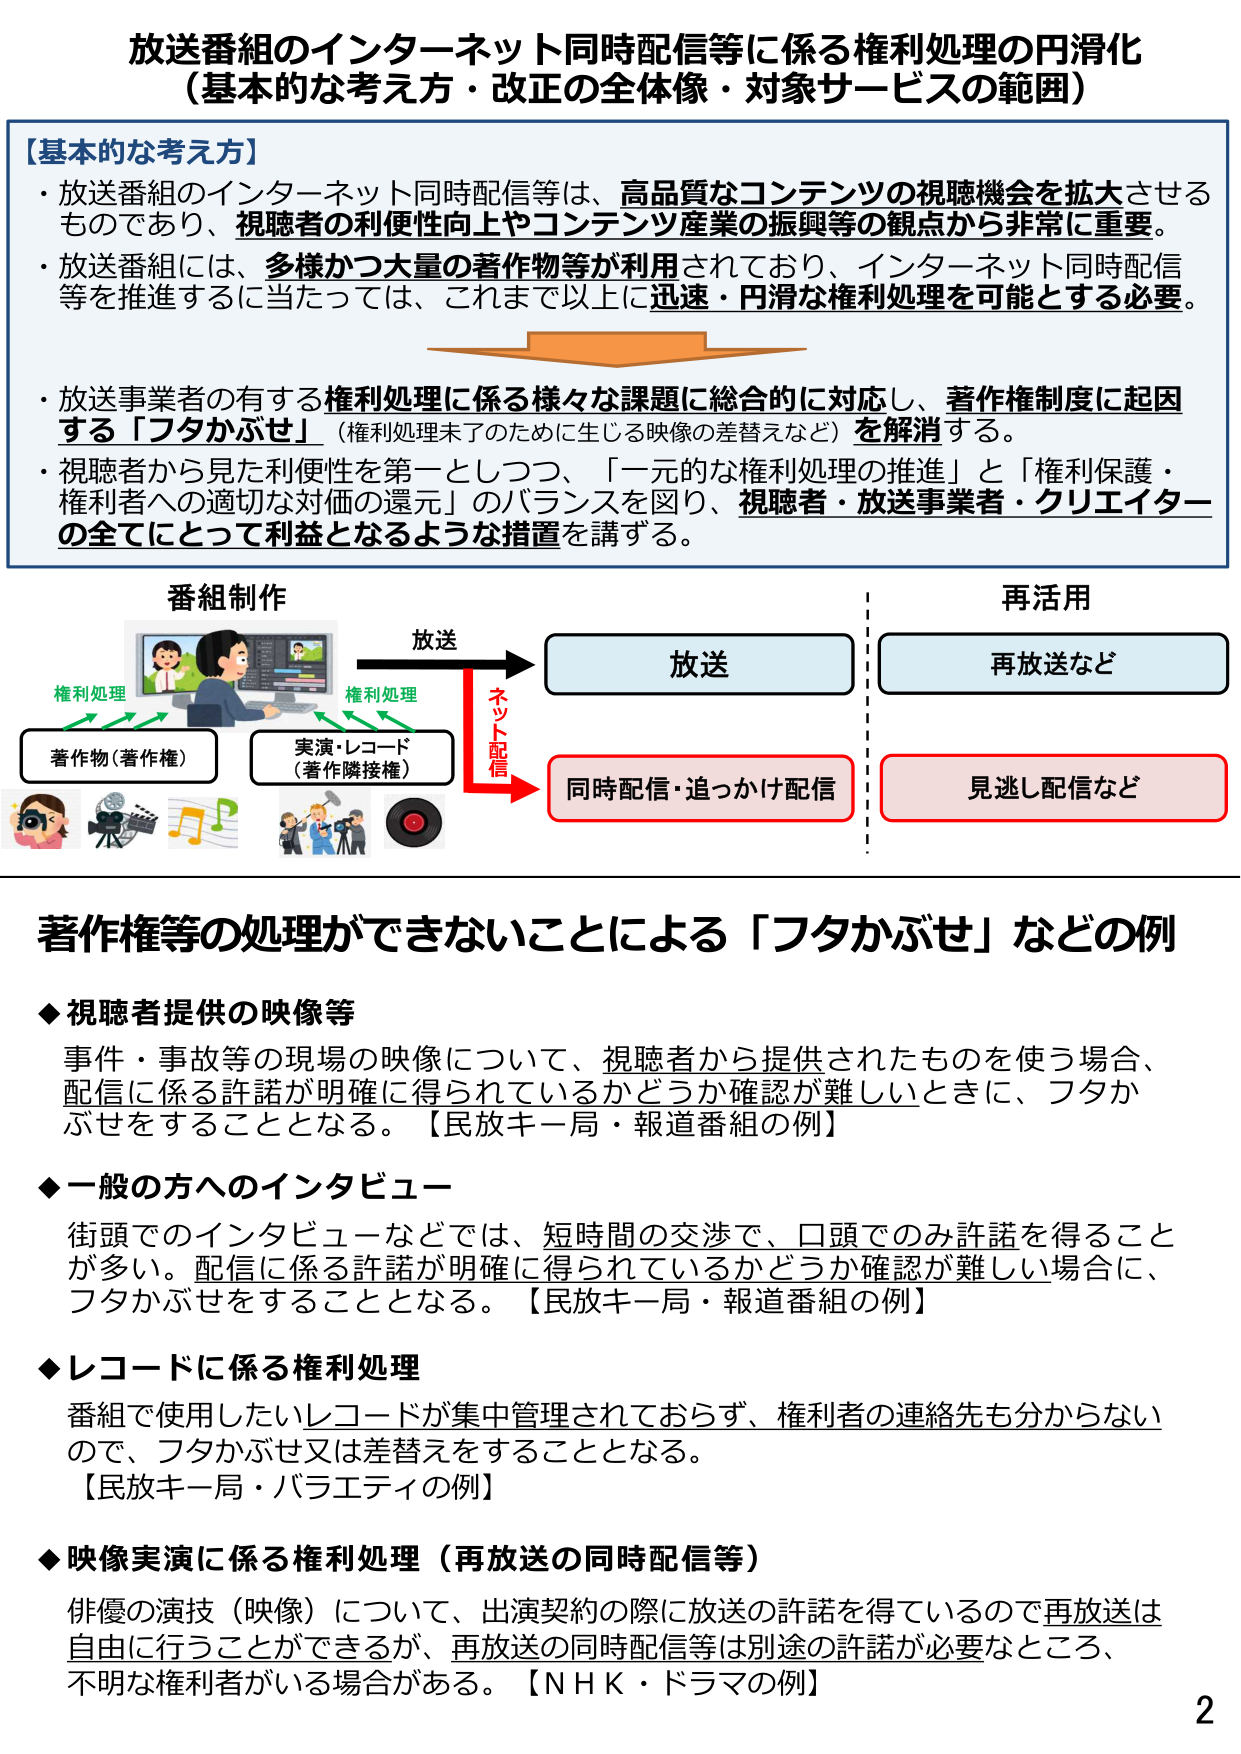
放送番組のインターネット同時配信等に係る権利処理の円滑化
（基本的な考え方・改正の全体像・対象サービスの範囲）

【基本的な考え方】
・放送番組のインターネット同時配信等は、高品質なコンテンツの視聴機会を拡大させるものであり、視聴者の利便性向上やコンテンツ産業の振興等の観点から非常に重要。
・放送番組には、多様かつ大量の著作物等が利用されており、インターネット同時配信等を推進するに当たっては、これまで以上に迅速・円滑な権利処理を可能とする必要。

・放送事業者の有する権利処理に係る様々な課題に総合的に対応し、著作権制度に起因する「フタかぶせ」（権利処理未了のために生じる映像の差替えなど）を解消する。
・視聴者から見た利便性を第一としつつ、「一元的な権利処理の推進」と「権利保護・権利者への適切な対価の還元」のバランスを図り、視聴者・放送事業者・クリエイターの全てにとって利益となるような措置を講ずる。

番組制作
権利処理
著作物（著作権）
実演・レコード（著作隣接権）
放送
ネット配信
同時配信・追っかけ配信
再活用
再放送など
見逃し配信など

著作権等の処理ができないことによる「フタかぶせ」などの例

◆視聴者提供の映像等
事件・事故等の現場の映像について、視聴者から提供されたものを使う場合、配信に係る許諾が明確に得られているかどうか確認が難しいときに、フタかぶせをすることとなる。【民放キー局・報道番組の例】

◆一般の方へのインタビュー
街頭でのインタビューなどでは、短時間の交渉で、口頭でのみ許諾を得ることが多い。配信に係る許諾が明確に得られているかどうか確認が難しい場合に、フタかぶせをすることとなる。【民放キー局・報道番組の例】

◆レコードに係る権利処理
番組で使用したいレコードが集中管理されておらず、権利者の連絡先も分からないので、フタかぶせ又は差替えをすることとなる。【民放キー局・バラエティの例】

◆映像実演に係る権利処理（再放送の同時配信等）
俳優の演技（映像）について、出演契約の際に放送の許諾を得ているので再放送は自由に行うことができるが、再放送の同時配信等は別途の許諾が必要なところ、不明な権利者がいる場合がある。【NHK・ドラマの例】

2